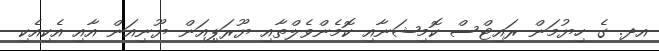
އދ. ގެ ހިޔުމަން ރައިޓްސް ކޮމިޝަނާއި ކޮމެންވެލްތާއި ޔޫރަޕިއަން ޔޫނިއަން އާއި އެކިއެކި